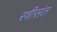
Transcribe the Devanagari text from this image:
स्त्रीसंत